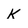
Character: K